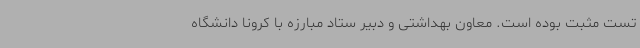
تست مثبت بوده است. معاون بهداشتی و دبیر ستاد مبارزه با کرونا دانشگاه